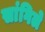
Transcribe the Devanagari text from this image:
सांगिले